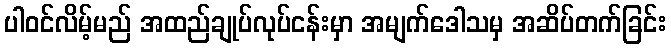
ပါဝင်လိမ့်မည် အထည်ချုပ်လုပ်ငန်းမှာ အမျက်ဒေါသမှ အဆိပ်တက်ခြင်း